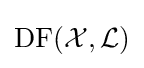
\operatorname {DF} ({\mathcal {X}},{\mathcal {L}})